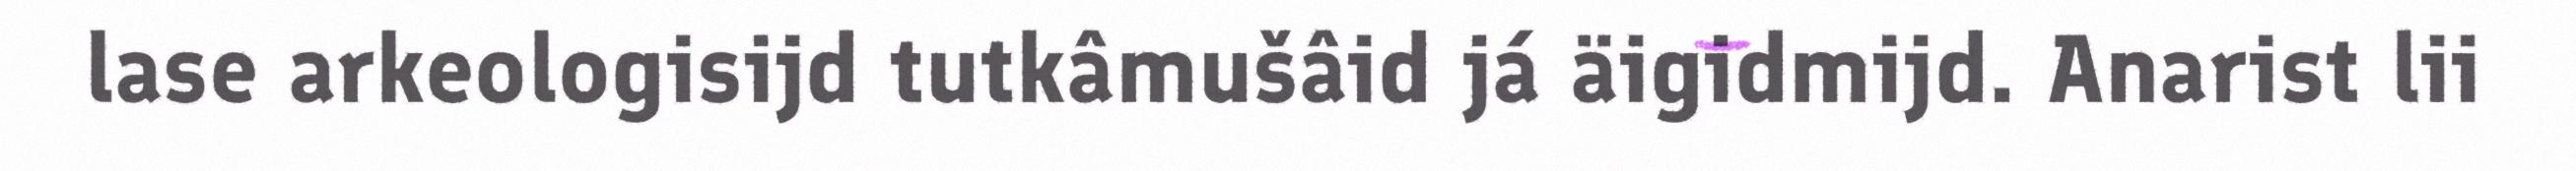
lase arkeologisijd tutkâmušâid já äigidmijd. Anarist lii